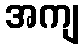
အကျ